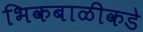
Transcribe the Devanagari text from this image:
भिकबाळीकडे